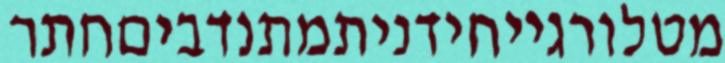
מטלורגייחידניתמתנדביםחתר